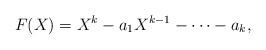
LaTeX: \begin{align*}F(X)=X^k-a_1X^{k-1}-\cdots-a_k,\end{align*}